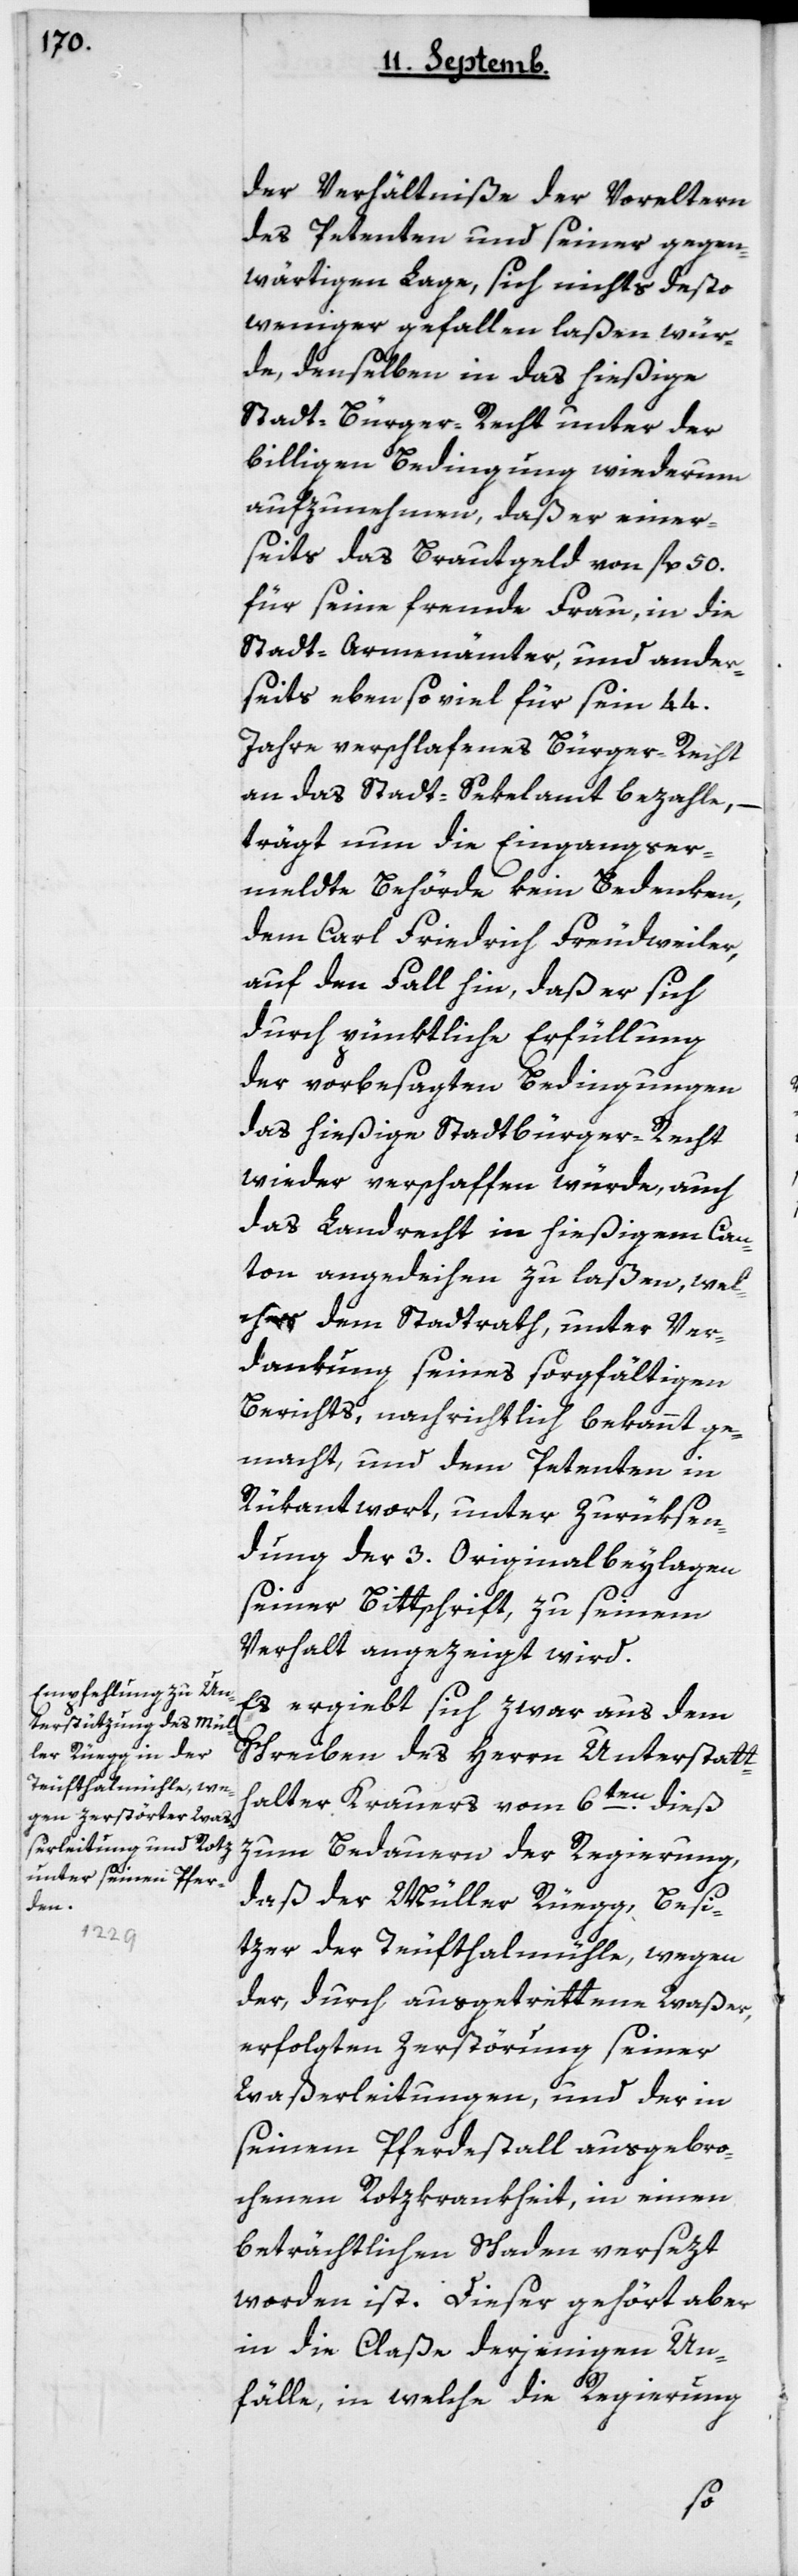
der Verhältniße der Voreltern
des Petenten und seiner gegen¬
wärtigen Lage, sich nichts desto
weniger gefallen laßen wür¬
de, denselben in das hießige
Stadtbürger-Recht unter der
billigen Bedingung wiederum
aufzunehmen, daß er einer¬
seits das Brautgeld von fl. 50
für seine fremde Frau, in die
Stadt-Armenämter, und ander¬
seits ebensoviel für sein 44
Jahre verschlafenes Bürger-Recht
an das Stadt-Sekelamt bezahle,
trägt nun die eingangs er¬
meldte Behörde kein Bedenken,
dem Carl Friedrich Freudweiler,
auf den Fall hin, daß er sich
durch pünktliche Erfüllung
der vorbesagten Bedingungen
das hießige Stadtbürger-Recht
wieder verschaffen würde, auch
das Landrecht in hießigem Can¬
ton angedeihen zu laßen, wel¬
ches dem Stadtrath, unter Ver¬
dankung seines sorgfältigen
Berichts, nachrichtlich bekannt ge¬
macht, und dem Petenten in
Rükantwort, unter Zurüksen¬
dung der 3 Originalbeylagen
seiner Bittschrift, zu seinem
Verhalt angezeigt wird.
Es ergiebt sich zwar aus dem
Schreiben des Herrn Unterstatt¬
halter Krauers vom 6ten dieß,
zum Bedauern der Regierung,
daß der Müller Rüegg, Besi¬
tzer der Teufthalmühle, wegen
der durch ausgetrettene Waßer,
erfolgten Zerstörung seiner
Waßerleitungen, und der in
seinem Pferdestall ausgebro¬
chenen Rotzkrankheit, in einen
beträchtlichen Schaden versezt
worden ist. Dieser gehört aber
in die Claße derjenigen Un¬
fälle, in welche die Regierung,